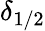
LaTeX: \delta_{1/2}